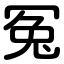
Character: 冤